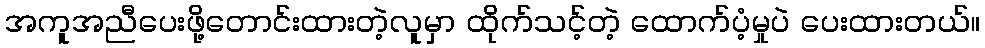
အကူအညီပေးဖို့တောင်းထားတဲ့လူမှာ ထိုက်သင့်တဲ့ ထောက်ပံ့မှုပဲ ပေးထားတယ်။